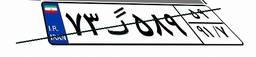
۷۳گ۵۸۹۵۹